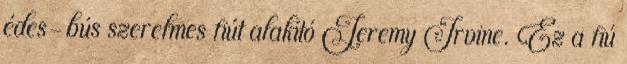
édes-bús szerelmes fiút alakító Jeremy Irvine. Ez a fiú